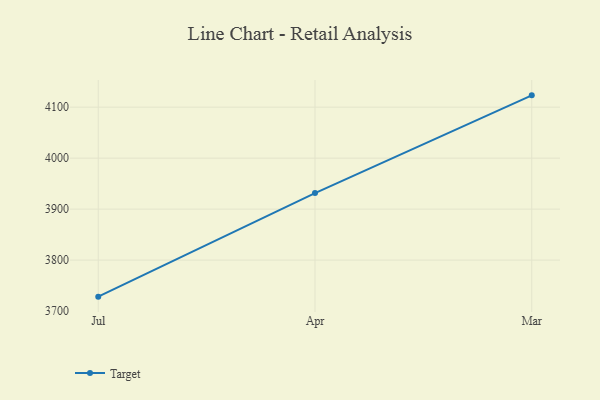
{"axis": {"x": "Month", "y": "Website Visitors"}, "legend": ["Target"], "data": [{"x": "Jul", "y": 3728.3, "type": "Target"}, {"x": "Apr", "y": 3931.5, "type": "Target"}, {"x": "Mar", "y": 4123.2, "type": "Target"}]}